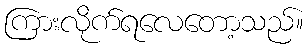
ကြားလိုက်ရလေတော့သည်။